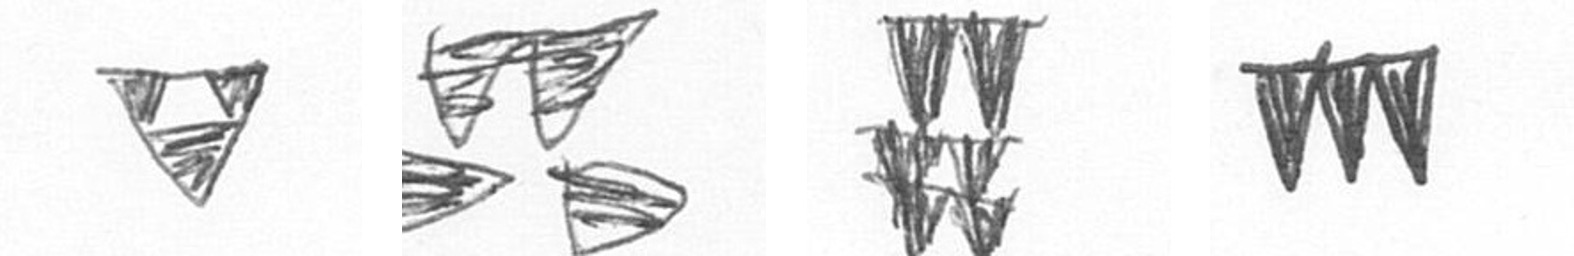
S B Y L